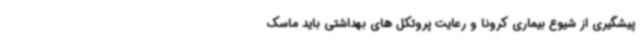
پیشگیری از شیوع بیماری کرونا و رعایت پروتکل های بهداشتی باید ماسک